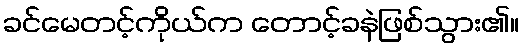
ခင်မေတင့်ကိုယ်က တောင့်ခနဲဖြစ်သွား၏။